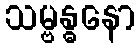
သမ္ဗန္ဓနော